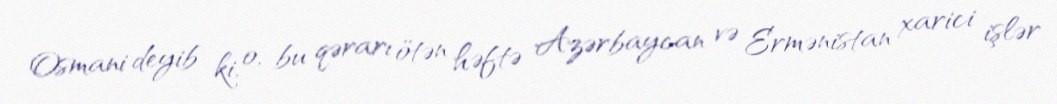
Osmani deyib ki, o, bu qərarı ötən həftə Azərbaycan və Ermənistan xarici işlər